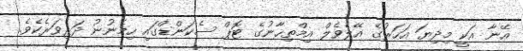
އޭނާ އަކީ މިދިޔަ އަހަރުގެ އޭލެވެލް އިމްތިހާނުގެ ޓޮޕް ސެކަންޑްގައި ހިމެނުނު ދަރިވަރެކެވެ.